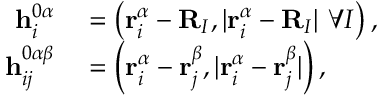
\begin{array} { r l } { \mathbf { h } _ { i } ^ { 0 \alpha } } & { { } = \left( \mathbf { r } _ { i } ^ { \alpha } - \mathbf { R } _ { I } , | \mathbf { r } _ { i } ^ { \alpha } - \mathbf { R } _ { I } | \ \forall I \right) , } \\ { \mathbf { h } _ { i j } ^ { 0 \alpha \beta } } & { { } = \left( \mathbf { r } _ { i } ^ { \alpha } - \mathbf { r } _ { j } ^ { \beta } , | \mathbf { r } _ { i } ^ { \alpha } - \mathbf { r } _ { j } ^ { \beta } | \right) , } \end{array}